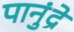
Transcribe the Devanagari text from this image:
पानुंद्रे